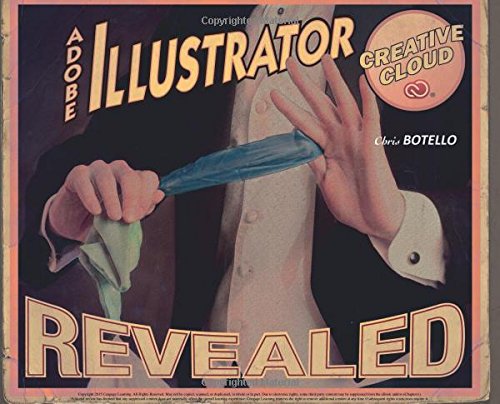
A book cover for Adobe Illustrator Creative Cloud Revealed (Stay Current with Adobe Creative Cloud); Chris Botello; Computers & Technology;